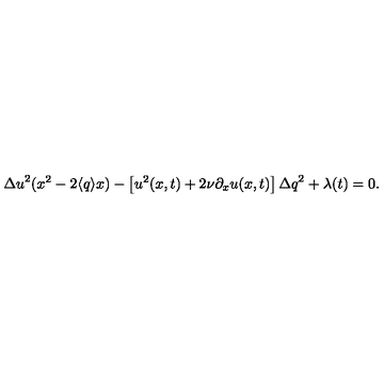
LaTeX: { \Delta u } ^ { 2 } ( x ^ { 2 } - 2 \langle q \rangle x ) - \left[ u ^ { 2 } ( x , t ) + 2 \nu \partial _ { x } u ( x , t ) \right] { \Delta q } ^ { 2 } + \lambda ( t ) = 0 .